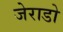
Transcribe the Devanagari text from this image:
जेराडो